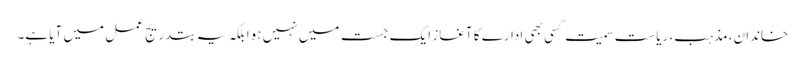
خاندان، مذہب، ریاست سمیت کسی بھی ادارے کا آغاز ایک جست میں نہیں ہوا بلکہ یہ بتدریج عمل میں آیا ہے۔